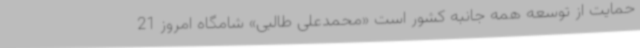
حمایت از توسعه همه جانبه کشور است «محمدعلی طالبی» شامگاه امروز 21